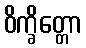
ဝိက္ခိတ္တော